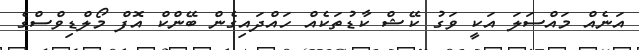
އަނެއް މައްސަލަ އަކީ ވަގު ކޭޝް ކާޑުތަކެއް ހައްދައިގެން ބޭންކް އޮފް މޯލްޑިވްސްގެ